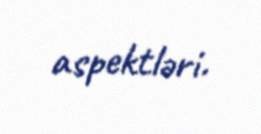
aspektləri.